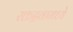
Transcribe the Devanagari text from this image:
रक्तद्रवामध्ये